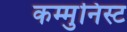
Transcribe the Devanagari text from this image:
कम्मुनिस्ट